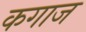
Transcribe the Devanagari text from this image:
कगाज